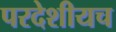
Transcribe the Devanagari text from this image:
परदेशीयच